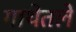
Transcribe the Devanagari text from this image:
गाथेतले